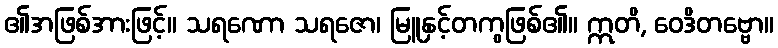
၏အဖြစ်အားဖြင့်။ သရဏော သရဇော၊ မြူနှင့်တကွဖြစ်၏။ ဣတိ, ဝေဒိတဗ္ဗော။